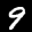
Label: 9